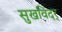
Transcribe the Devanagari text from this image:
सुखविंदर्